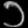
Digit: ၁